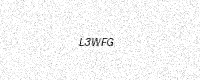
Text: L3WFG